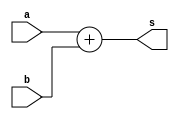
`timescale 1ns / 1ps
//////////////////////////////////////////////////////////////////////////////////
// Company: 
// Engineer: 
// 
// Design Name: 
// Module Name: adder
// Project Name: 
// Target Devices:              
// Tool Versions: 
// Description: 
// 
// Dependencies: 
// 
// Revision:
// Revision 0.01 - File Created
// Additional Comments:
// 
//////////////////////////////////////////////////////////////////////////////////


module adder #(
    parameter WIDTH = 32
)(    
    input  wire [WIDTH-1:0] a,
    input  wire [WIDTH-1:0] b,
    output wire [WIDTH-1:0] s
);

assign s = a + b;

endmodule